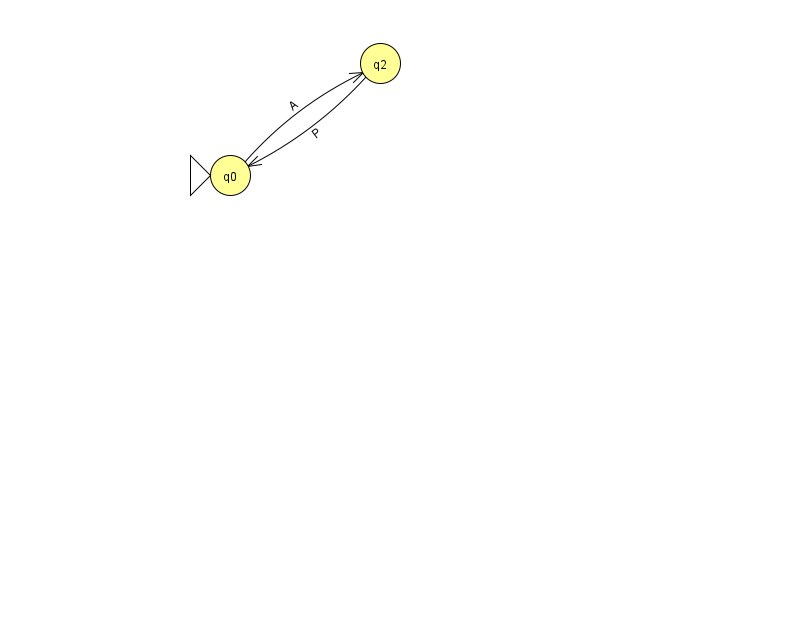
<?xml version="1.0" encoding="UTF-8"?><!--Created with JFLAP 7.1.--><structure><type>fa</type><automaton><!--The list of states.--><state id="0" name="q0"><x>230.0</x><y>162.0</y><initial/></state><state id="2" name="q2"><x>380.0</x><y>50.0</y></state><!--The list of transitions.--><transition><from>0</from><to>2</to><read>A</read></transition><transition><from>2</from><to>0</to><read>P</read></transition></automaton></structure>